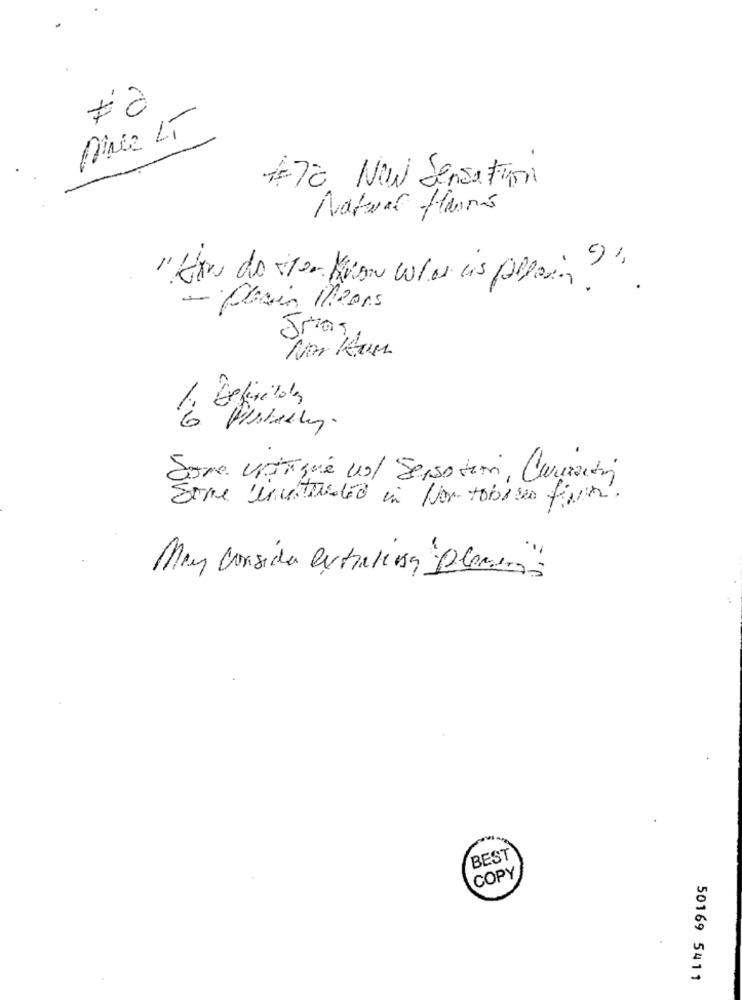
Pince LT
#77 New Sensation
- Clasin Means
Nor Kun
Some Unique vol Sensotami, Corezioni
Some included in Non tobino fiumi.
May Consida extraluisa Planen"
BEST
COPY
50169 5411